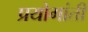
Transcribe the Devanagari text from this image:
प्रयोगांती